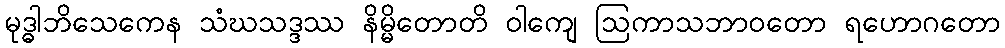
မုဒ္ဓါဘိသေကေန သံဃသဒ္ဒဿ နိမ္မိတောတိ ဝါကျေ ဩကာသဘာဝတော ရဟောဂတော